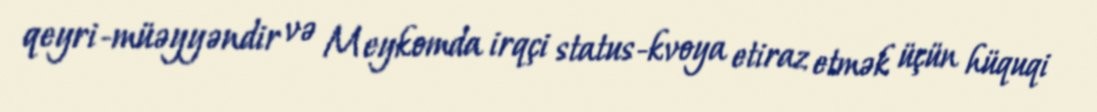
qeyri-müəyyəndir və Meykomda irqçi status-kvoya etiraz etmək üçün hüquqi